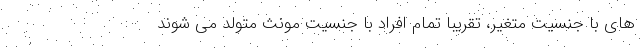
های با جنسیت متغیر، تقریبا تمام افراد با جنسیت مونث متولد می شوند